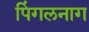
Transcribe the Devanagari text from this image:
पिंगलनाग